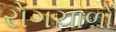
રોગચાળો